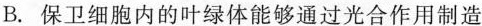
B.保卫细胞内的叶绿体能够通过光合作用制造